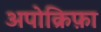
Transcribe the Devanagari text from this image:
अपोक्रिफ़ा